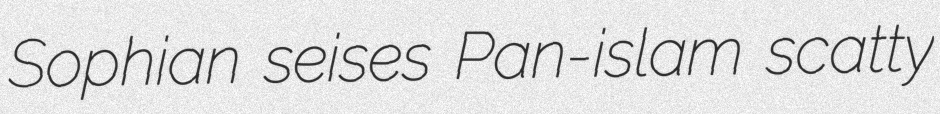
Sophian seises Pan-islam scatty